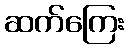
ဆက်ကြေး